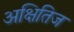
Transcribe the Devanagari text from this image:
अक्षितिज